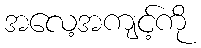
အလေ့အကျင့်ကို